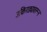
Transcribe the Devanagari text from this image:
उकिरड्यावरून